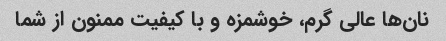
نان‌ها عالی گرم، خوشمزه و با کیفیت ممنون از شما